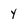
Character: y